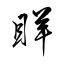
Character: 眻